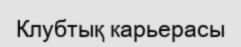
Клубтық карьерасы